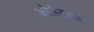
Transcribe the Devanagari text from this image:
कोलैटरल